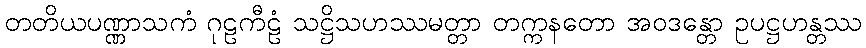
တတိယပဏ္ဏာသကံ ဂုဠကီဠံ သဋ္ဌိသဟဿမတ္တာ တက္ကနတော အဝဒန္တော ဥပဋ္ဌဟန္တဿ